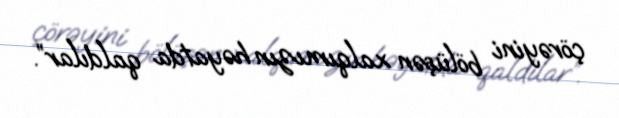
çörəyini bölüşən xalqımızın həyatda qaldılar”.